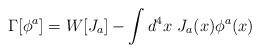
LaTeX: \begin{align*}\Gamma [\phi^a]=W[J_a]-\int d^4x~J_a(x)\phi^a (x)\end{align*}